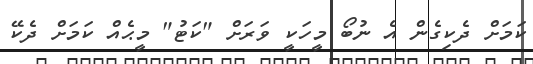
ކަމަށް ދެކިގެން އެ ނުބޯ މީހަކީ ވަރަށް "ކަޓު" މީޙެއް ކަމަށް ދެކޭ